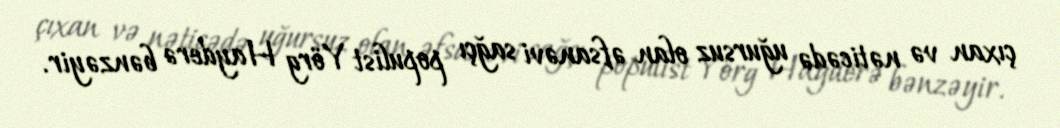
çıxan və nəticədə uğursuz olan əfsanəvi sağçı populist Yörg Hayderə bənzəyir.